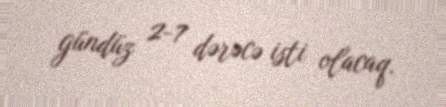
gündüz 2-7 dərəcə isti olacaq.